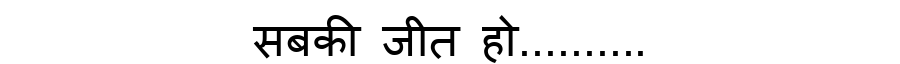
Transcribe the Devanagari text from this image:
सबकी जीत हो..........